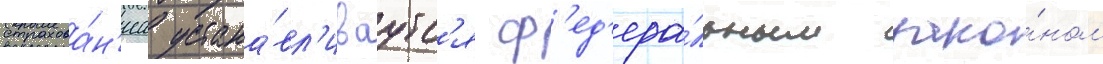
страхова́н'иа устана́вл'иваутс'я ф'ед'ера́льным зако́ном